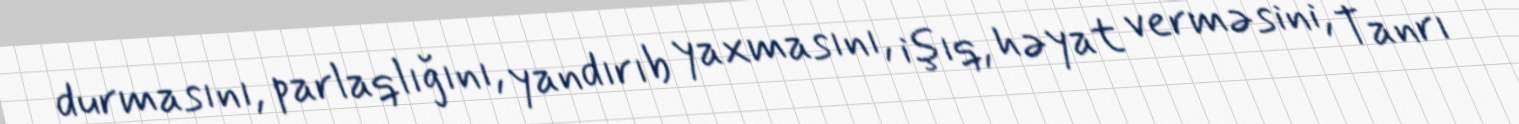
durmasını, parlaqlığını, yandırıb yaxmasını, işıq, həyat verməsini, Tanrı